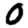
Digit: 0